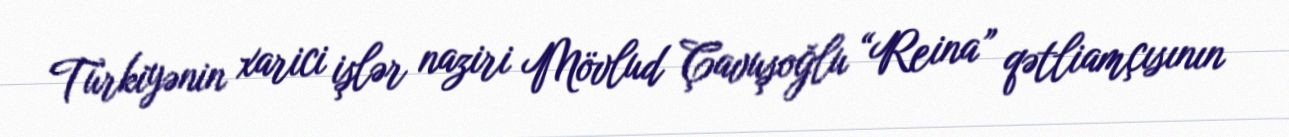
Türkiyənin xarici işlər naziri Mövlud Çavuşoğlu “Reina” qətliamçısının